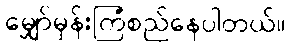
မျှော်မှန်းကြံစည်နေပါတယ်။